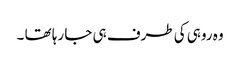
وہ روہی کی طرف ہی جا رہا تھا ۔